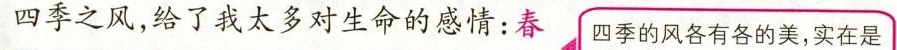
风带之风，给了我太多对生命的感情：春 四季的风各有各的美，实在是